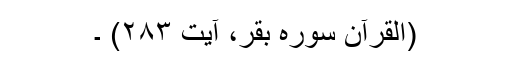
(القرآن سورہ بقر، آیت ۲۸۳) ۔